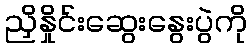
ညှိနှိုင်းဆွေးနွေးပွဲကို